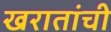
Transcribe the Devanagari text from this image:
खरातांची